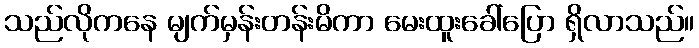
သည်လိုကနေ မျက်မှန်းတန်းမိကာ မေးထူးခေါ်ပြော ရှိလာသည်။